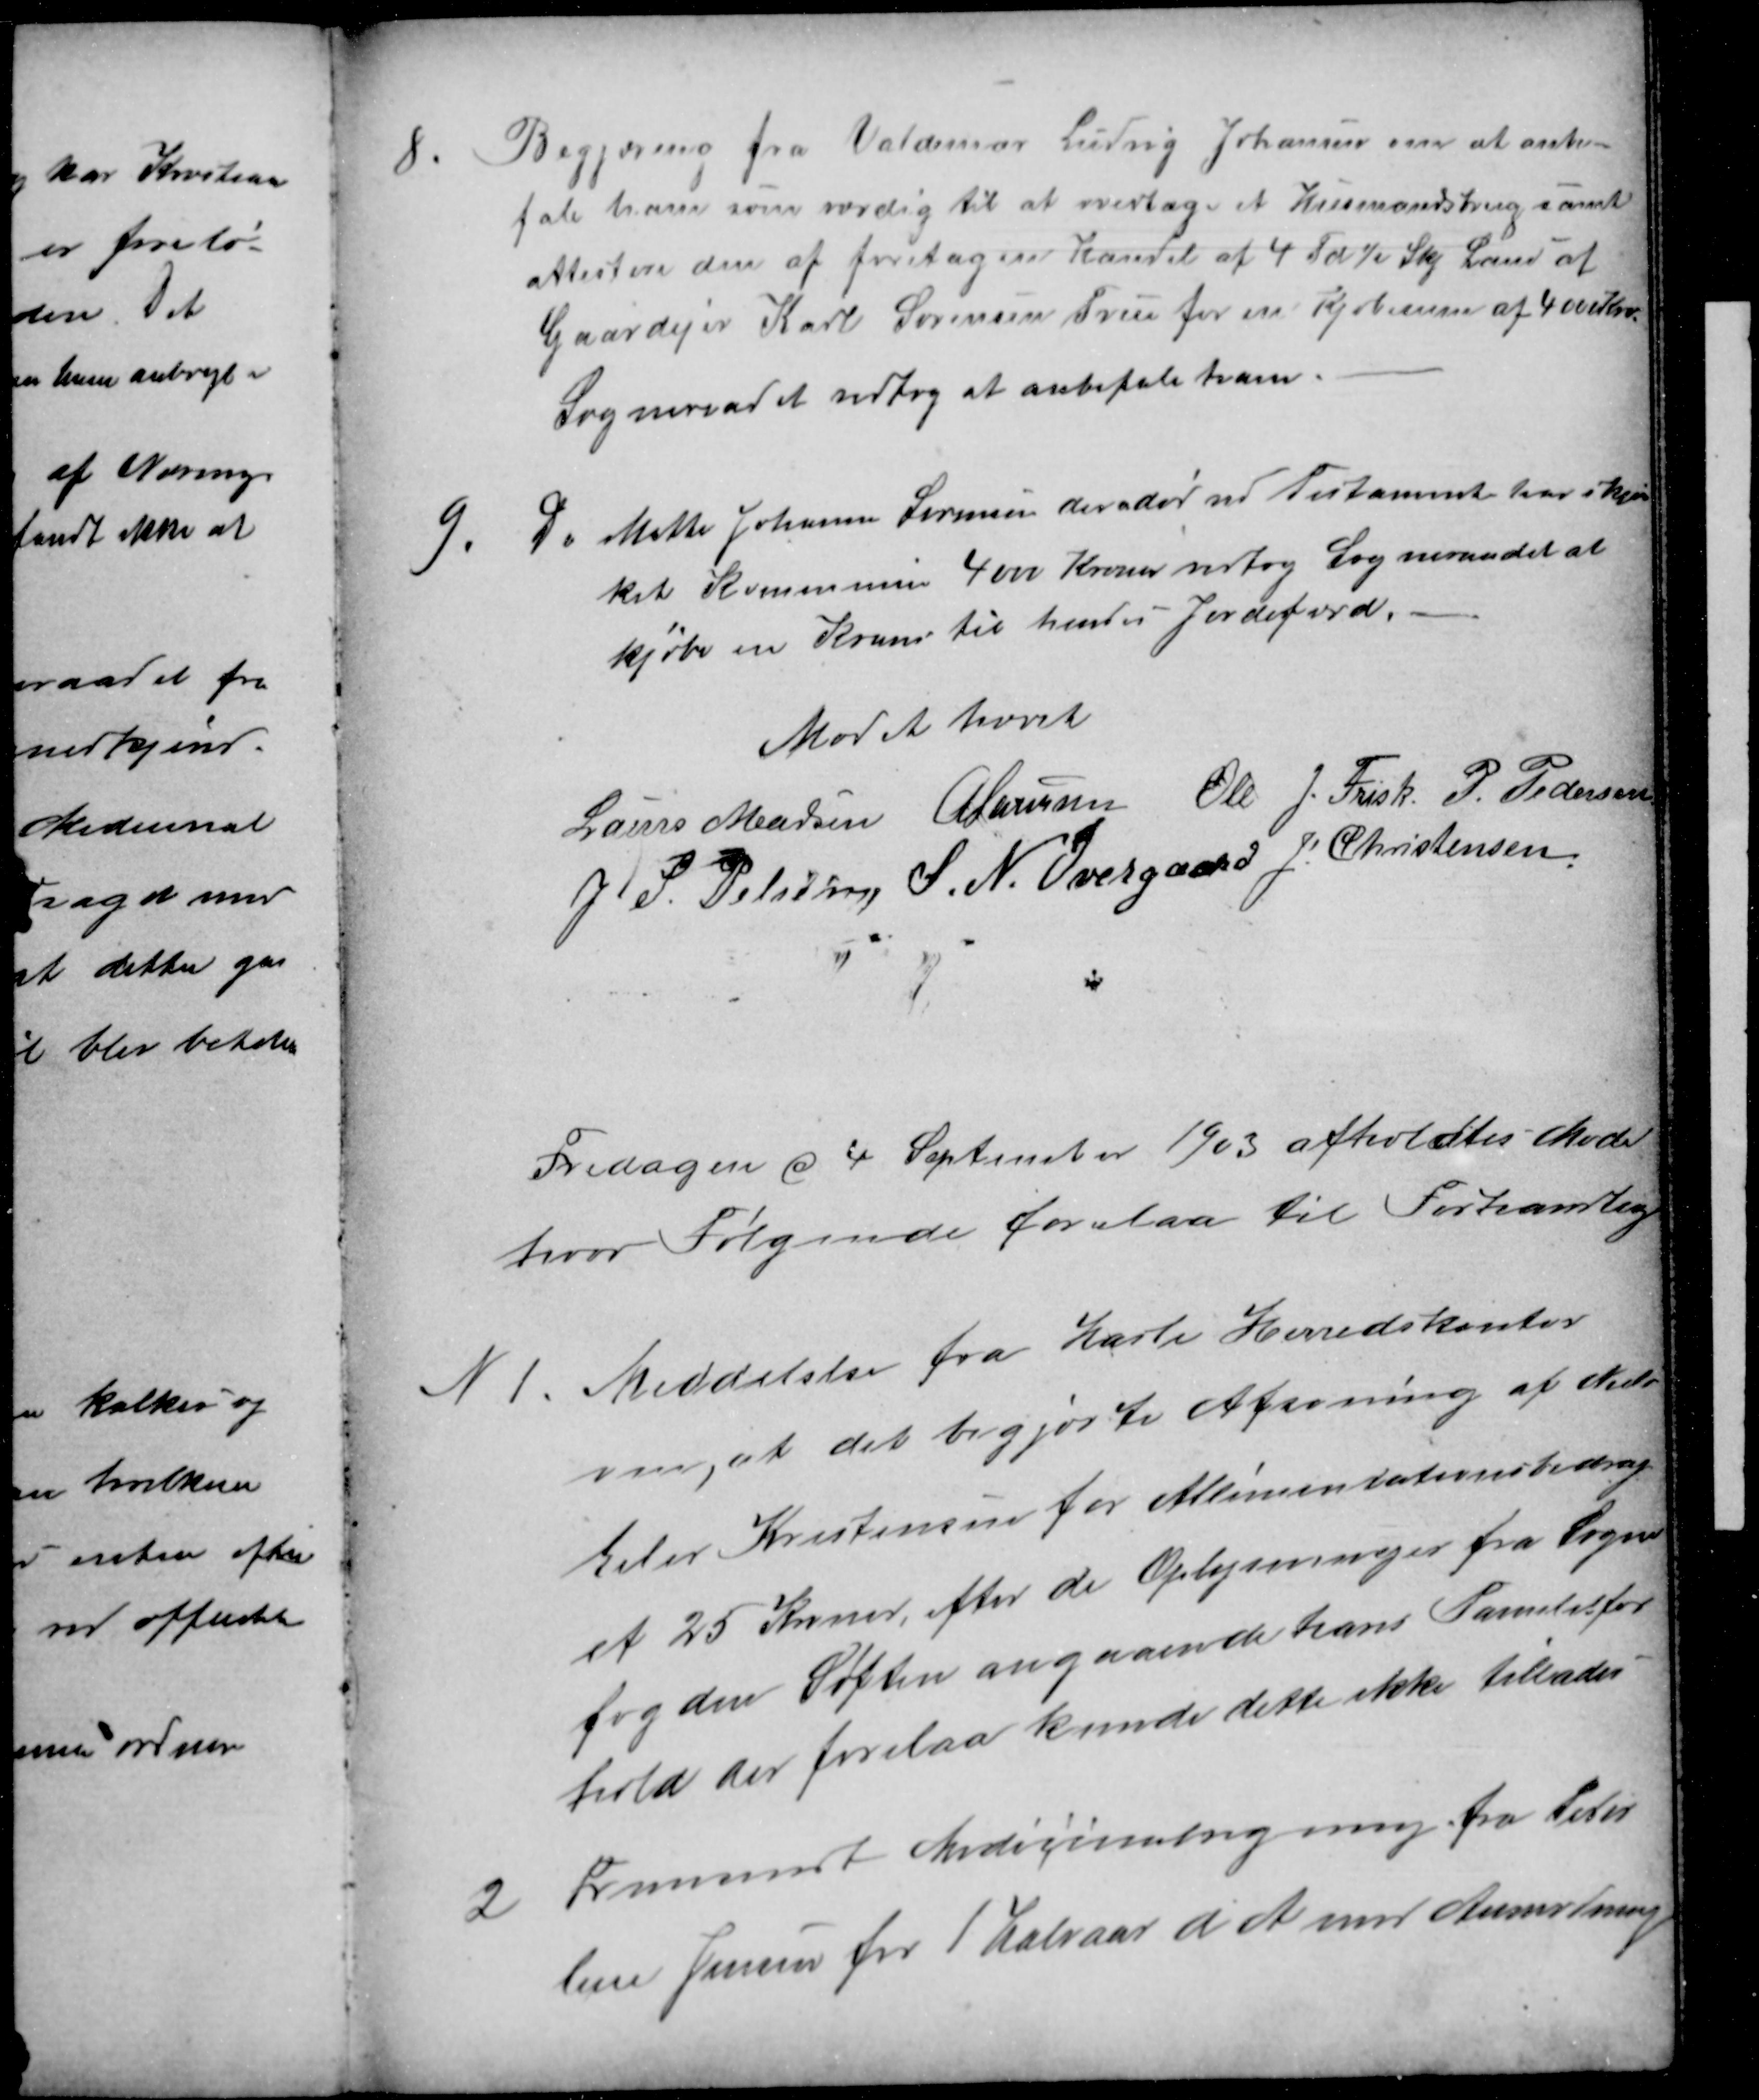
Transskription:
8.
Begjæring fra Valdemar Ludvig Johansen om at anbe-
fale ham som værdig til at overtage et Husmandsbrug samt
attestere den af foretagen Handel af 4 Td ½ Skj Land af
Gaardejer Karl Sørensen True for en Kjøbesum af 400 Kr
Sogneraadet vedtog at anbefale ham.
9
Da Mette Johanne Sørensen der er død ved Testamente har skjæn-
ket Kommunen 4000 Kroner vedtog Sogneraadet at
kjøbe en Krans til hendes Jordefærd.
Mødet hævet
Laurs Madsen A Laursen Ole J. Frisk. P. Pedersen
J. S. Pelsen, S. N. Overgaard J. Christensen
Fredagen d 4 September 1903 afholdtes Møde
hvor Følgende forelaa til Forhandling
N1.
Meddelelse fra Hasle Herredskontor
om, at det begjærte Afsoning af Niels
Eiler Kristensen for Alimentationsbidrag
et 25 Kroner, efter de Oplysninger fra Sogne
fogden Søften angaaende hans Familiefor
hold der forelaa kunde dette ikke tillades
2
Fremsendt Medicinalregning fra Peter
lene Jensen for 1 Halvaar d A med Anmodning